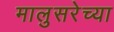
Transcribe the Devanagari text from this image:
मालुसरेच्या